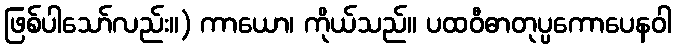
ဖြစ်ပါသော်လည်း။) ကာယော၊ ကိုယ်သည်။ ပထဝီဓာတုပ္ပကောပေနဝါ